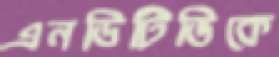
এনডিটিভিকে